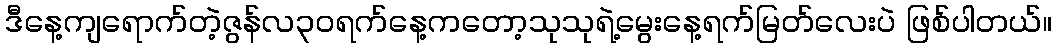
ဒီနေ့ကျရောက်တဲ့ဇွန်လ၃၀ရက်နေ့ကတော့သုသုရဲ့မွေးနေ့ရက်မြတ်လေးပဲ ဖြစ်ပါတယ်။